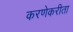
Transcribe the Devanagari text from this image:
करणेकरीता